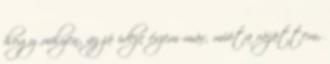
hogy milyen, az jó ideje érzem már, mióta rájöttem,